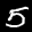
Label: 5